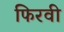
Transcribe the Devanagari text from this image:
फिरवी